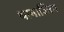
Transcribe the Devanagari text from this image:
थानाजिला